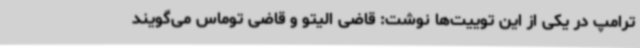
ترامپ در یکی از این توییت‌ها نوشت: قاضی الیتو و قاضی توماس می‌گویند